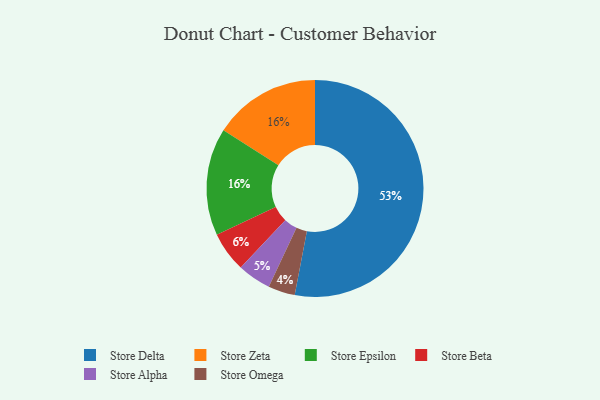
{"axis": {"x": "Category", "y": "Percentage"}, "legend": ["Store Alpha", "Store Beta", "Store Delta", "Store Epsilon", "Store Omega", "Store Zeta"], "data": [{"x": "Store Alpha", "y": 5, "type": "Store Alpha"}, {"x": "Store Beta", "y": 6, "type": "Store Beta"}, {"x": "Store Zeta", "y": 16, "type": "Store Zeta"}, {"x": "Store Epsilon", "y": 16, "type": "Store Epsilon"}, {"x": "Store Omega", "y": 4, "type": "Store Omega"}, {"x": "Store Delta", "y": 53, "type": "Store Delta"}]}